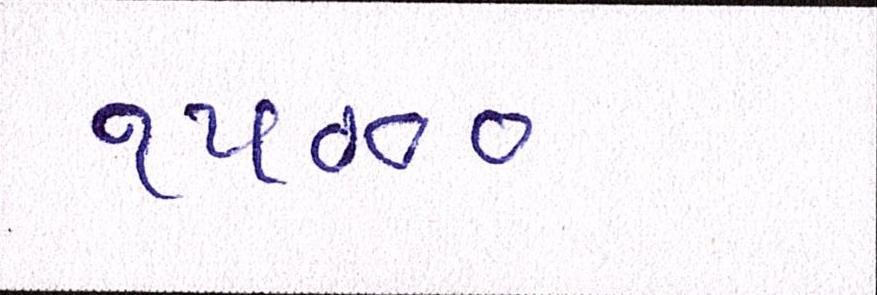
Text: ૧૫૦૦૦